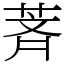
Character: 萕